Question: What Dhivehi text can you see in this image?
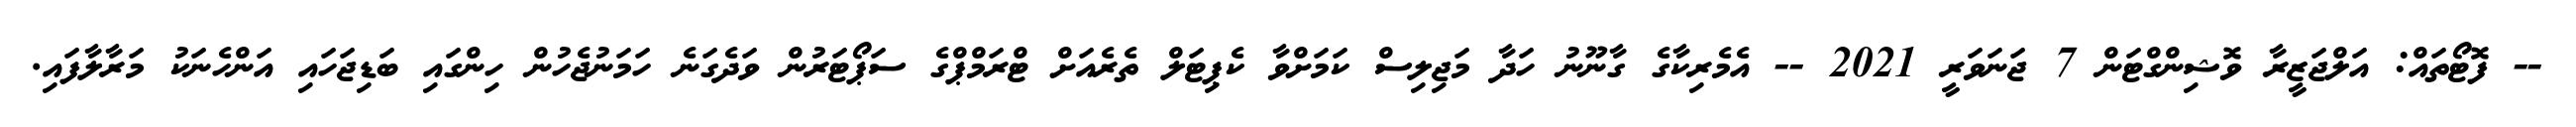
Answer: -- ފޮޓޯތައް: އަލްޖަޒީރާ ވޮޝިންގްޓަން 7 ޖަނަވަރީ 2021 -- އެމެރިކާގެ ގާނޫނު ހަދާ މަޖިލިސް ކަމަށްވާ ކެޕިޓަލް ތެރެއަށް ޓްރަމްޕްގެ ސަޕޯޓަރުން ވަދެގަނެ ހަމަނުޖެހުން ހިންގައި ބަޑިޖަހައި އަންހެނަކު މަރާލާފައި.